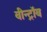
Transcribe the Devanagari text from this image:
वीन्ट्रॉब